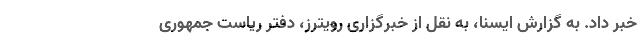
خبر داد. به گزارش ایسنا، به نقل از خبرگزاری رویترز، دفتر ریاست جمهوری